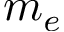
m _ { e }